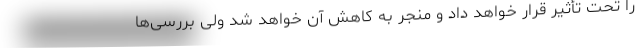
را تحت تأثیر قرار خواهد داد و منجر به کاهش آن خواهد شد ولی بررسی‌ها